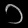
Digit: ၁